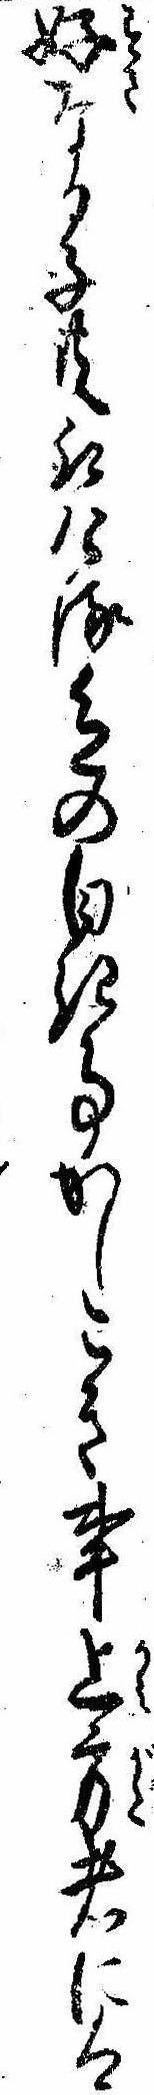
好なる子共取ける色の白き事かしこき事上方者には